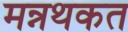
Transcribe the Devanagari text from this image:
मन्नथकत